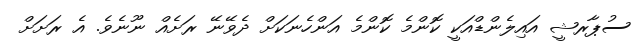
ސުޕާރޝީ އައިލެންޑްއަކީ ކޮންމެ ކޮންމެ އަންހެނަކަށް ދެވޭނޭ ރަށެއް ނޫނެވެ. އެ ރަށަށް